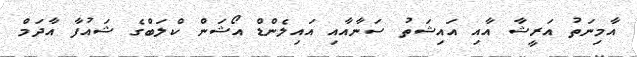
އާމިނަތު އަރީޝާ އާއި އައިޝަތު ސަނާއާއި އައިލެންޑް އޯޝަން ކްލަބްގެ ޝައުފާ އާދަމް